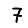
Digit: 7